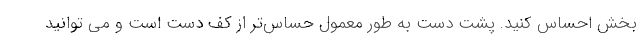
بخش احساس کنید. پشت دست به طور معمول حساس‌تر از کف دست است و می توانید